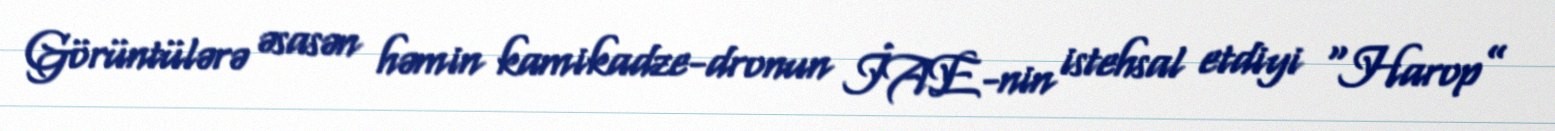
Görüntülərə əsasən həmin kamikadze-dronun İAE-nin istehsal etdiyi “Harop”